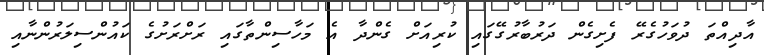
އާދިއްތަ ދުވަހުގެރޭ ފެށިގެން ދަރުބާރުގޭގައި ކުރިއަށް ގެންދާ އެ މަހާސިންތާގައި ރަށްރަށުގެ ކައުންސިލަރުންނާއި